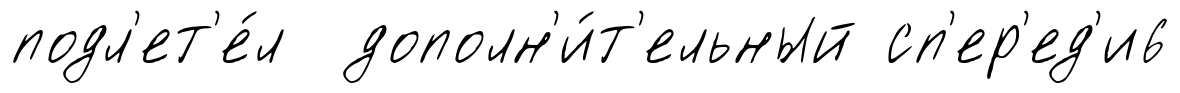
подл'ет'е́л дополн'и́т'ельный сп'ер'ед'и6